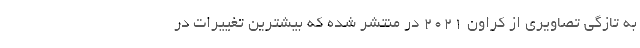
به تازگی تصاویری از کراون 2021 در منتشر شده که بیشترین تغییرات در